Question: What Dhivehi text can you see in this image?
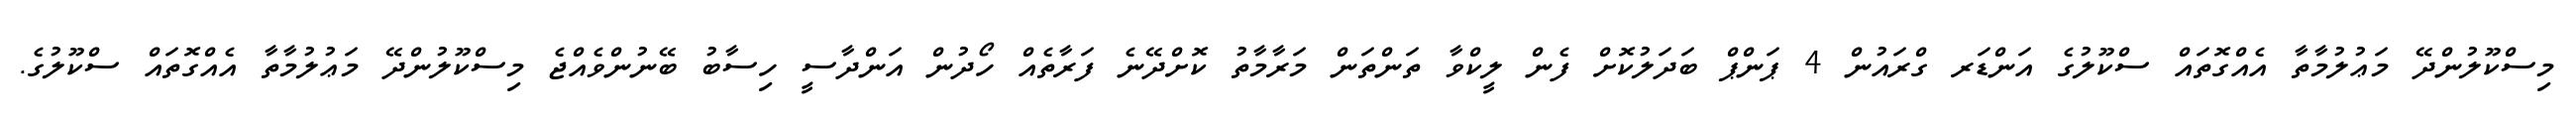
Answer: މިސްކޫލުންދޭ މަޢުލުމާތާ އެއްގޮތައް ސްކޫލުގެ އަންޑަރ ގްރައުން 4 ޕަންޕް ބަދަލުކޮށް ފެން ލީކްވާ ތަންތަން މަރާމާތު ކޮށްދޭނެ ފަރާތެއް ހޯދުން އަންދާސީ ހިސާބު ބޭނުންވެއްޖެ މިސްކޫލުންދޭ މަޢުލުމާތާ އެއްގޮތައް ސްކޫލުގެ.